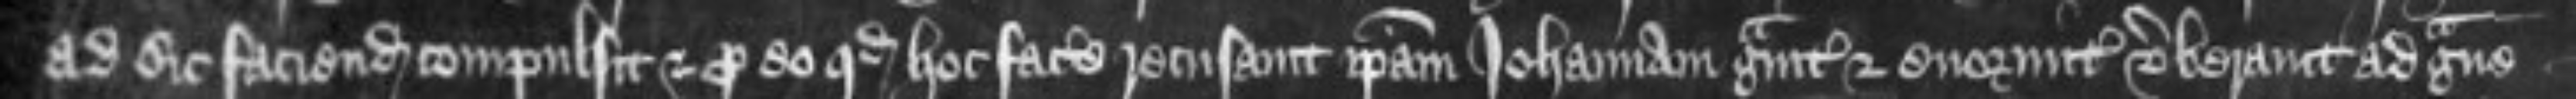
ad sic faciendum compulsit et pro eo quod hoc facere recusavit ipsam Johannam graviter et enormiter verberavit ad grave